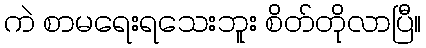
ကဲ စာမရေးရသေးဘူး စိတ်တိုလာပြီ။